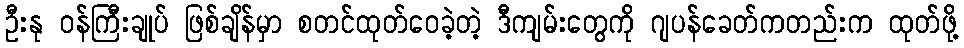
ဦးနု ဝန်ကြီးချုပ် ဖြစ်ချိန်မှာ စတင်ထုတ်ဝေခဲ့တဲ့ ဒီကျမ်းတွေကို ဂျပန်ခေတ်ကတည်းက ထုတ်ဖို့